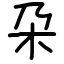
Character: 朶